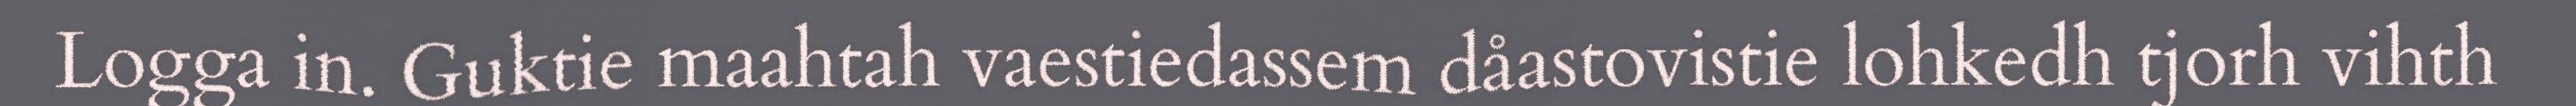
Logga in. Guktie maahtah vaestiedassem dåastovistie lohkedh tjorh vihth